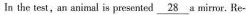
In the test, an aninal is presented \underline { 2 8 } a mirr or. Re-